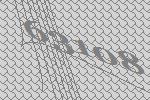
63108